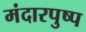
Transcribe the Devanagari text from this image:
मंदारपुष्प